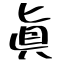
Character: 眞